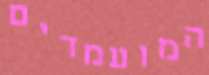
המועמדים